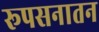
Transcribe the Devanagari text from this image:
रूपसनातन